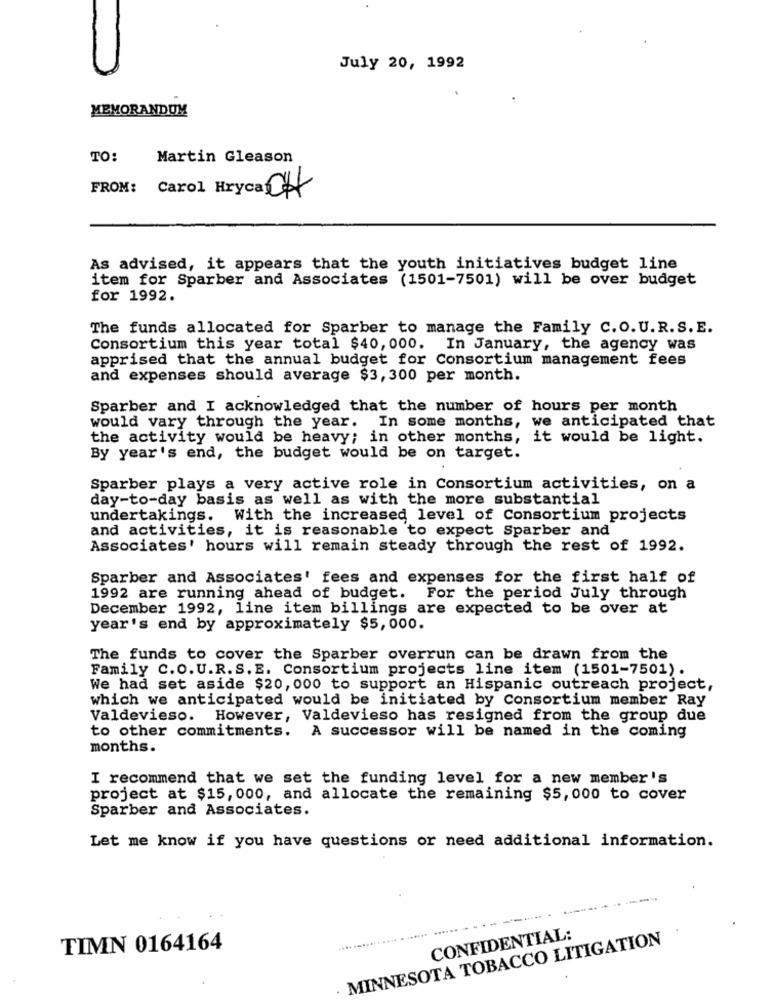
July 20, 1992
MEMORANDUM
TO:
Martin Gleason
FROM: Carol Hryca CH
As advised, it appears that the youth initiatives budget line
item for Sparber and Associates (1501-7501) will be over budget
for 1992.
The funds allocated for Sparber to manage the Family C.O. U.R.S. E.
Consortium this year total $40, 000. In January, the agency was
apprised that the annual budget for Consortium management fees
and expenses should average $3,300 per month.
Sparber and I acknowledged that the number of hours per month
would vary through the year. In some months, we anticipated that
the activity would be heavy; in other months, it would be light.
By year's end, the budget would be on target.
Sparber plays a very active role in Consortium activities, on a
day-to-day basis as well as with the more substantial
undertakings. With the increased level of Consortium projects
and activities, it is reasonable to expect Sparber and
Associates' hours will remain steady through the rest of 1992.
Sparber and Associates' fees and expenses for the first half of
1992 are running ahead of budget. For the period July through
December 1992, line item billings are expected to be over at
year's end by approximately $5,000.
The funds to cover the Sparber overrun can be drawn from the
Family C.O. U.R.S. E. Consortium projects line item (1501-7501).
We had set aside $20, 000 to support an Hispanic outreach project,
which we anticipated would be initiated by Consortium member Ray
Valdevieso.
However, Valdevieso has resigned from the group due
to other commitments. A successor will be named in the coming
months.
I recommend that we set the funding level for a new member's
project at $15, 000, and allocate the remaining $5,000 to cover
Sparber and Associates.
Let me know if you have questions or need additional information.
................ . ...... ......
MINNESOTA TOBACCO LITIGATION
CONFIDENTIAL:
TIMN 0164164